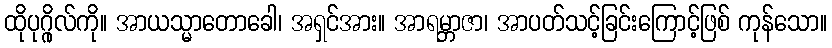
ထိုပုဂ္ဂိုလ်ကို။ အာယသ္မာတောခေါ၊ အရှင်အား။ အာရမ္ဘာဇာ၊ အာပတ်သင့်ခြင်းကြောင့်ဖြစ် ကုန်သော။